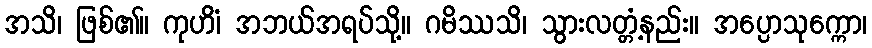
အသိ၊ ဖြစ်၏။ ကုဟိံ၊ အဘယ်အရပ်သို့။ ဂမိဿသိ၊ သွားလတ္တံ့နည်း။ အပ္ပောသုက္ကော၊